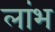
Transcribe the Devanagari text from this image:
लांभ